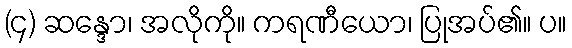
(၄) ဆန္ဒော၊ အလိုကို။ ကရဏီယော၊ ပြုအပ်၏။ ပ။